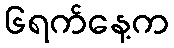
၆ရက်နေ့က